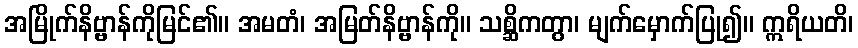
အမြိုက်နိဗ္ဗာန်ကိုမြင်၏။ အမတံ၊ အမြတ်နိဗ္ဗာန်ကို။ သစ္ဆိကတွာ၊ မျက်မှောက်ပြု၍။ ဣရိယတိ၊